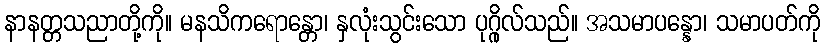
နာနတ္တသညာတို့ကို။ မနသိကရောန္တော၊ နှလုံးသွင်းသော ပုဂ္ဂိုလ်သည်။ အသမာပန္နော၊ သမာပတ်ကို